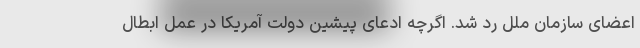
اعضای سازمان ملل رد شد. اگرچه ادعای پیشین دولت آمریکا در عمل ابطال